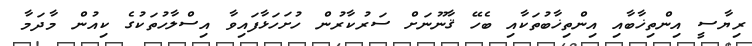
ރިޔާސީ އިންތިޚާބާއި އިންތިޚާބުތަކާއި ބެހޭ ޤާނޫނަށް ސަރުކާރުން ހުށަހަޅާފައިވާ އިސްލާހުތަކުގެ ކިއުން މާދަމާ